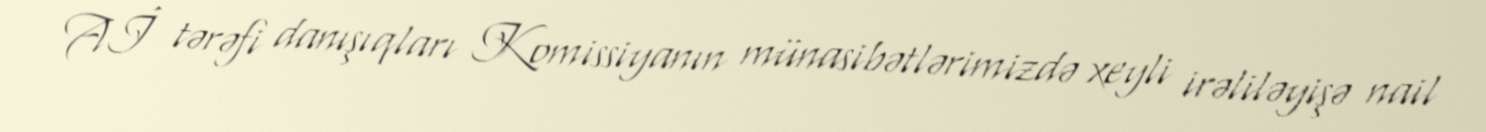
Aİ tərəfi danışıqları Komissiyanın münasibətlərimizdə xeyli irəliləyişə nail